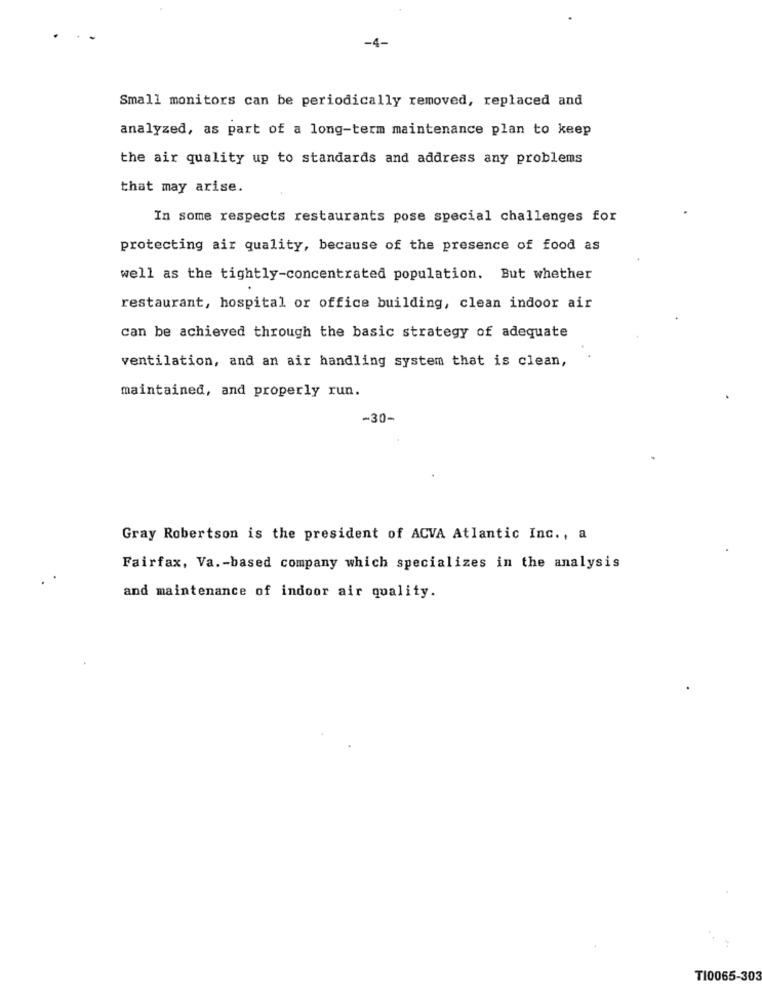
-4-
Small monitors can be periodically removed, replaced and
analyzed, as part of a long-term maintenance plan to keep
the air quality up to standards and address any problems
that may arise.
In some respects restaurants pose special challenges for
protecting air quality, because of the presence of food as
well as the tightly-concentrated population. But whether
restaurant, hospital or office building, clean indoor air
can be achieved through the basic strategy of adequate
ventilation, and an air handling system that is clean,
maintained, and properly run.
-30-
Gray Robertson is the president of ACVA Atlantic Inc ., a
Fairfax, Va .- based company which specializes in the analysis
and maintenance of indoor air quality.
TI0065-303